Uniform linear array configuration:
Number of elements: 64
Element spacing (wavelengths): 1
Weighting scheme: blackman
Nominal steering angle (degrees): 45
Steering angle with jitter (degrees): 46.599
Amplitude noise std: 0.05
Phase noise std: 0.05

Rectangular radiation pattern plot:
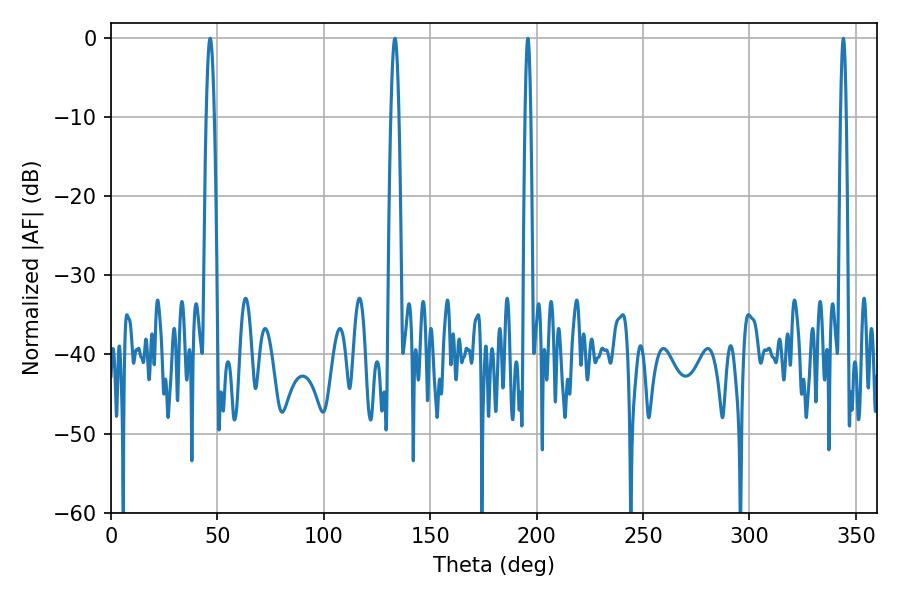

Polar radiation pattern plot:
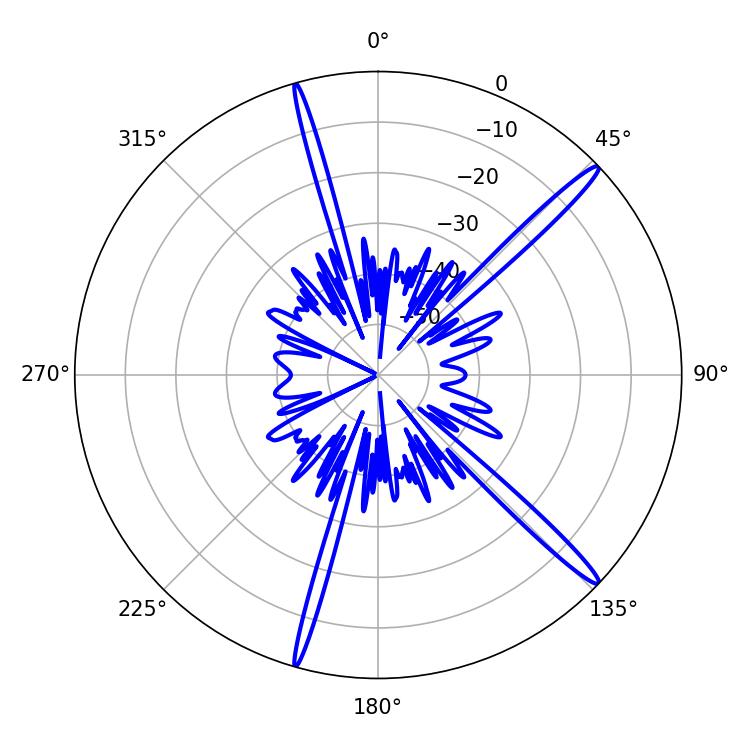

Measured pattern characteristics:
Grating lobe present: TRUE
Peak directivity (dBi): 16.724
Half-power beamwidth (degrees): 1.98
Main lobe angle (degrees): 46.62